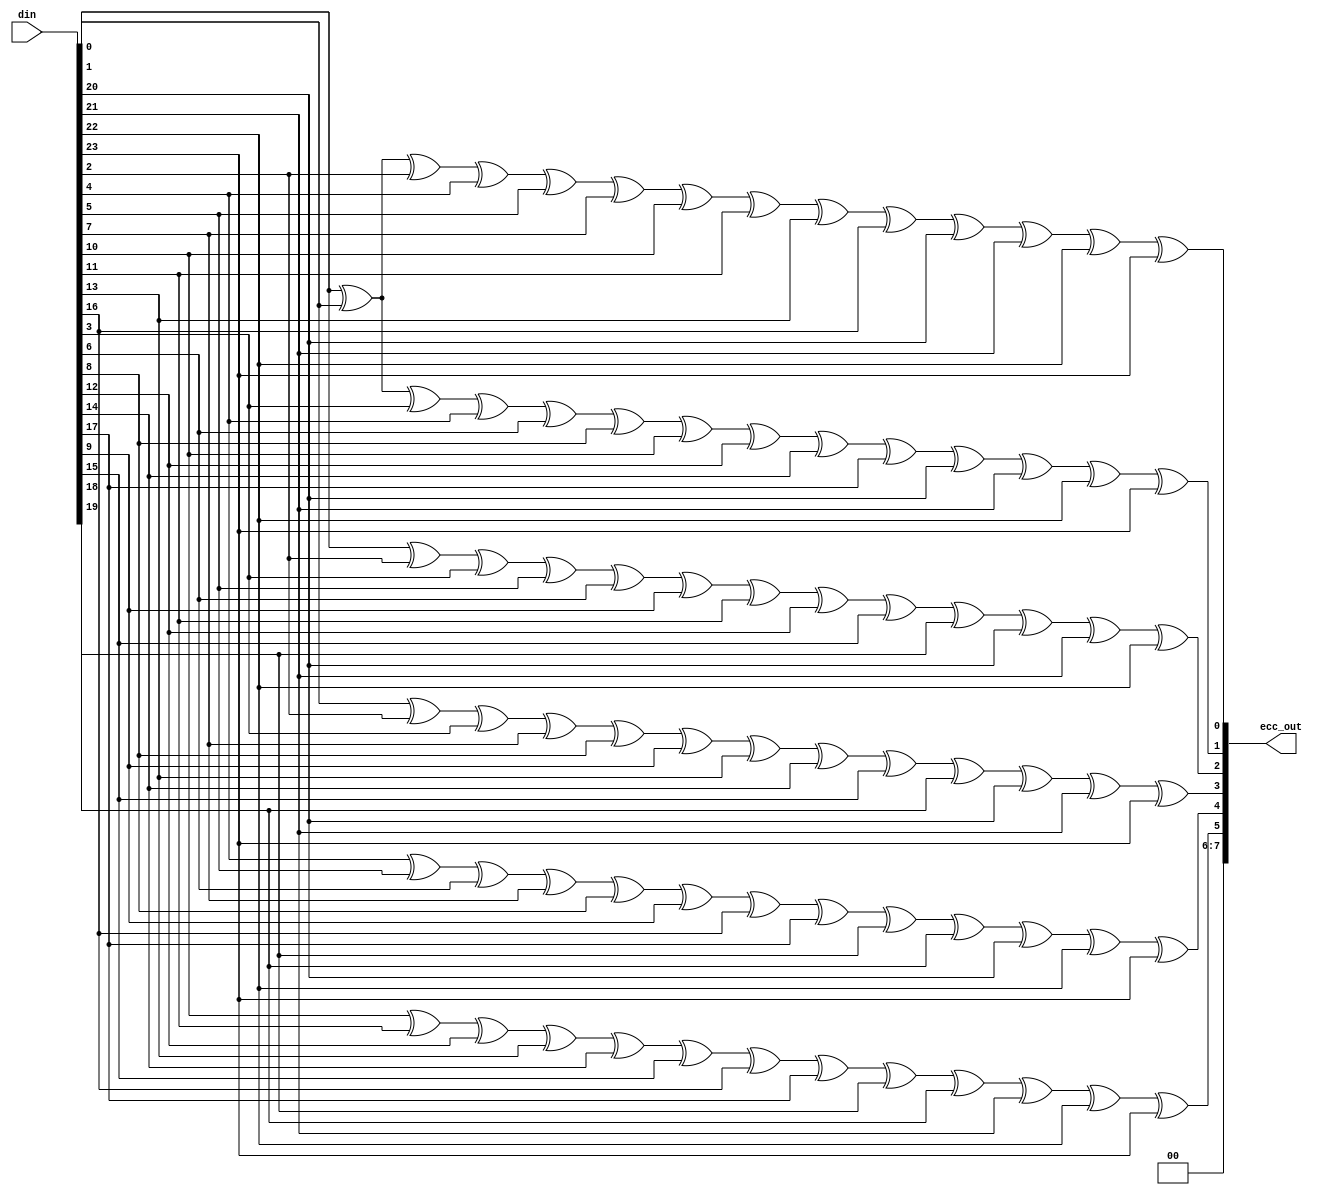
//=============================================================================
// Copyright(c) 2016 Lattice Semiconductor Corporation. All rights reserved. 
//=============================================================================
// Module:         ecc_gen
// Content:        
//                 
// History:
// 2016-06-01:     Harvey Zhao        first edition.
//     
//=============================================================================

`timescale 1ns/100ps

module ecc_gen (
   input    [23:0] din,
   output   [7:0]  ecc_out
);
   

   assign ecc_out[0] = din[0]^din[1]^din[2]^din[4]^din[5]^din[7]^din[10]^din[11]^din[13]^din[16]^din[20]^din[21]^din[22]^din[23];                              
   assign ecc_out[1] = din[0]^din[1]^din[3]^din[4]^din[6]^din[8]^din[10]^din[12]^din[14]^din[17]^din[20]^din[21]^din[22]^din[23];                              
   assign ecc_out[2] = din[0]^din[2]^din[3]^din[5]^din[6]^din[9]^din[11]^din[12]^din[15]^din[18]^din[20]^din[21]^din[22];                             
   assign ecc_out[3] = din[1]^din[2]^din[3]^din[7]^din[8]^din[9]^din[13]^din[14]^din[15]^din[19]^din[20]^din[21]^din[23];                             
   assign ecc_out[4] = din[4]^din[5]^din[6]^din[7]^din[8]^din[9]^din[16]^din[17]^din[18]^din[19]^din[20]^din[22]^din[23];                                            
   assign ecc_out[5] = din[10]^din[11]^din[12]^din[13]^din[14]^din[15]^din[16]^din[17]^din[18]^din[19]^din[21]^din[22]^din[23];               
   assign ecc_out[6] = 0;              
   assign ecc_out[7] = 0;              

endmodule